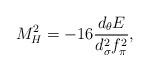
LaTeX: \begin{align*}M_H^2 = - 16 \frac{d_{\theta}E}{d_{\sigma}^2 f_{\pi}^2} , \end{align*}